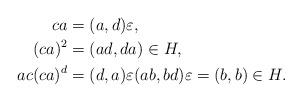
LaTeX: \begin{align*}ca&=(a,d)\varepsilon, \\(ca)^2&=(ad,da)\in H, \\ac(ca)^d&=(d,a)\varepsilon (ab,bd)\varepsilon=(b,b)\in H.\end{align*}